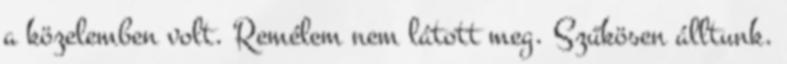
a közelemben volt. Remélem nem látott meg. Szűkösen álltunk.